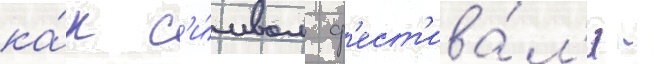
ка́к с'и́мвол ф'ест'ива́л'я -